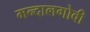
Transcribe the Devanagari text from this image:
मन्दालगोवी